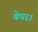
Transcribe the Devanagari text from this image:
बेघर।